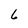
Character: 6